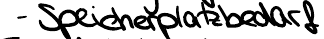
- Speicherplatzbedarf